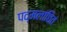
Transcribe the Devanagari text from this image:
पद्मलांछितं